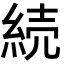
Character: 続